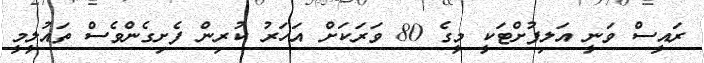
ރައީސް ވަނީ އަލިފުށްޓަކީ މީގެ 80 ވަރަކަށް އަހަރު ކުރިން ފެށިގެންވެސް ތައުލީމީ